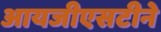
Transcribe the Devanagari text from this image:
आयजीएसटीने